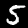
Digit: 5